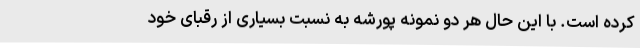
کرده است. با این حال هر دو نمونه پورشه به نسبت بسیاری از رقبای خود